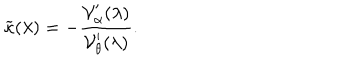
\widetilde { \kappa } ( \lambda ) = - \frac { { \cal V } _ { \alpha } ^ { \prime } ( \lambda ) } { { \cal V } _ { \theta } ^ { \prime } ( \lambda ) } .